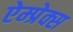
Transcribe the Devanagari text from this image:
ऐम्प्रेक्स